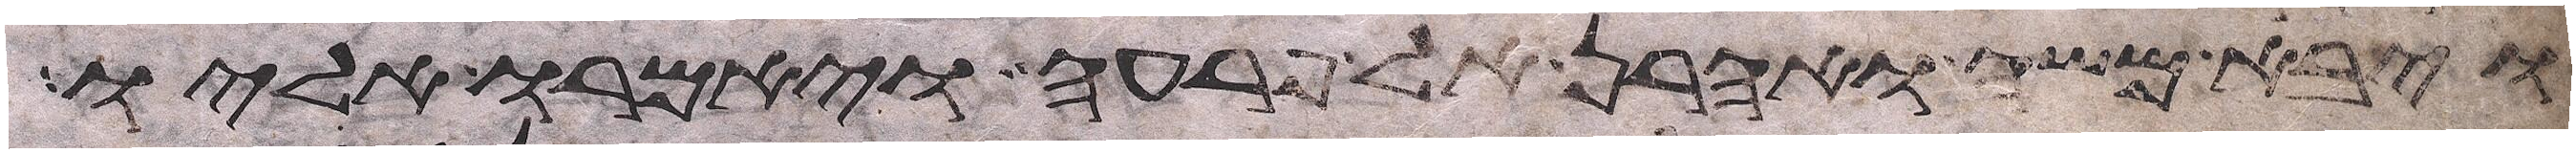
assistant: ויבא משה ואהרן אל פרעה ויאמרו אליו